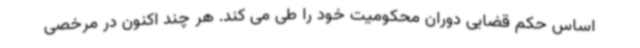
اساس حکم قضایی دوران محکومیت خود را طی می کند. هر چند اکنون در مرخصی